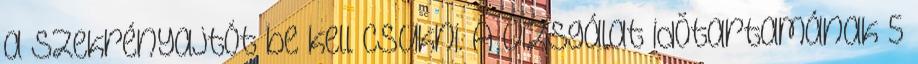
a szekrényajtót be kell csukni. A vizsgálat idõtartamának 5